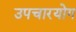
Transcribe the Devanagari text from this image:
उपचारयोग